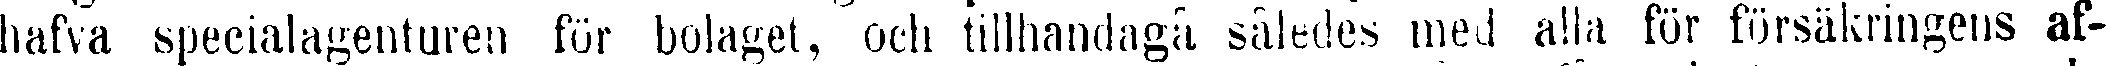
hafva specialagenturen för bolaget, och tillhandagå således med alla för försäkringens af-